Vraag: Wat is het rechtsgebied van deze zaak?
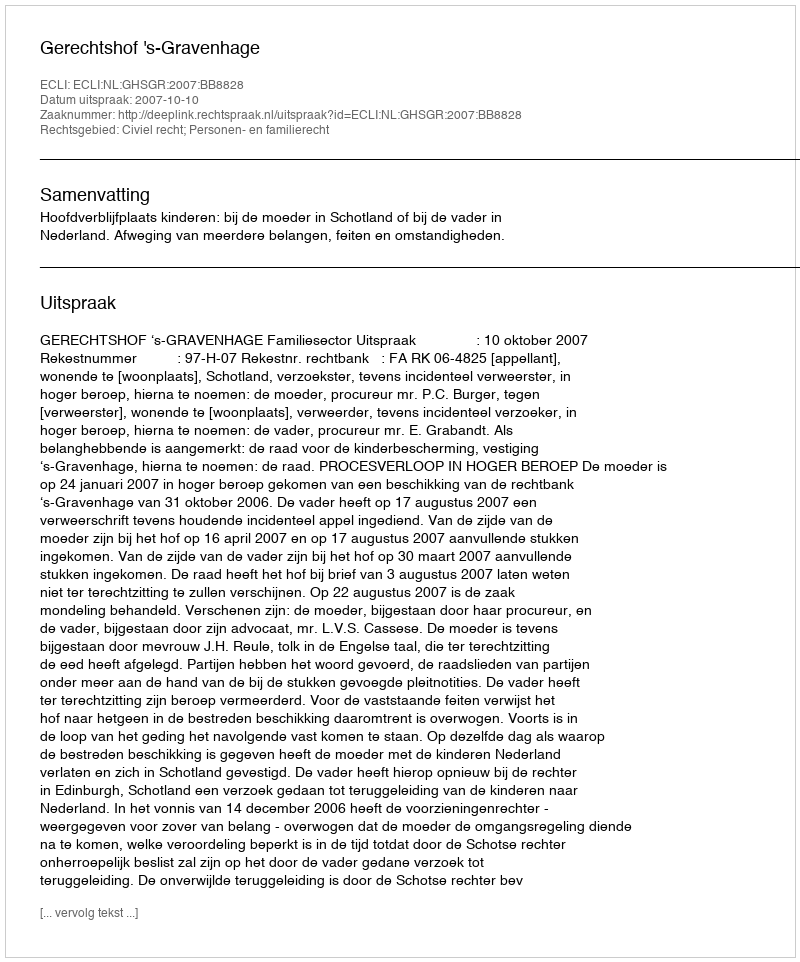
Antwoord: Civiel recht; Personen- en familierecht